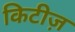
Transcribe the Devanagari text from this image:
किटीज़